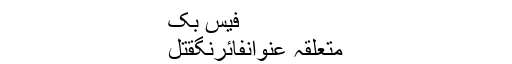
فیس بک
متعلقہ عنوانفائرنگقتل